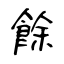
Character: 餘